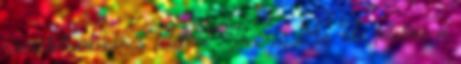
szeretetben nincs félelem” 1Jn 4,18 Az Úr félelme a